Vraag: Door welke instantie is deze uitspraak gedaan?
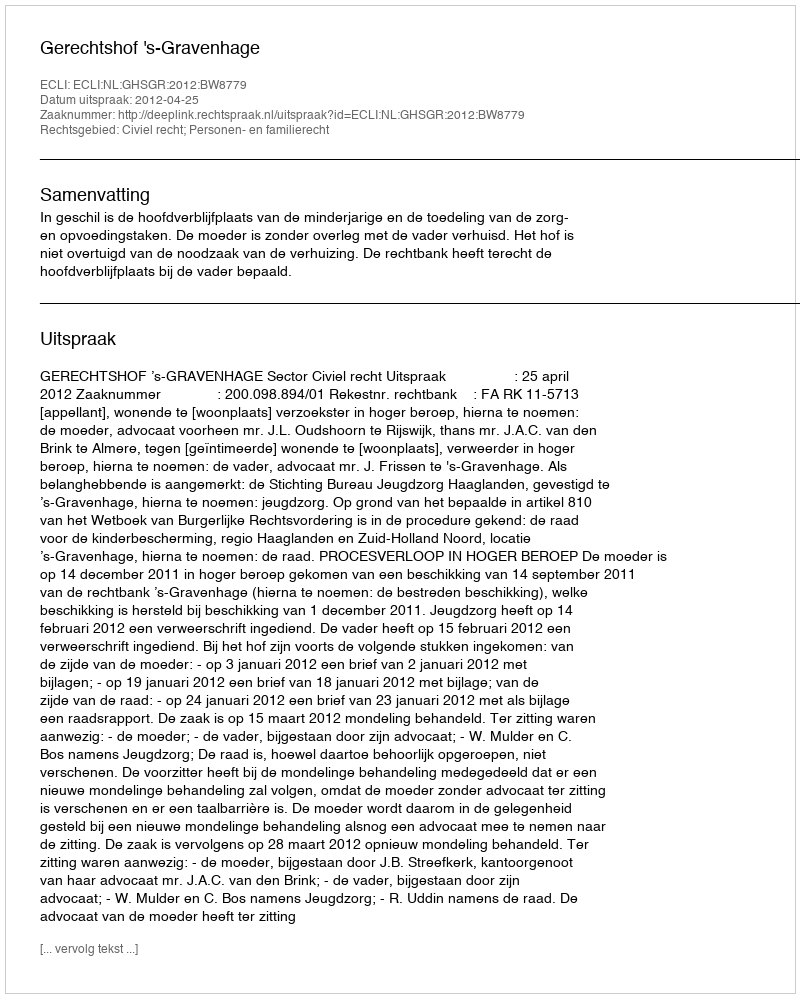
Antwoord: Gerechtshof 's-Gravenhage